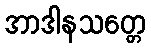
အာဒါနသတ္တေ